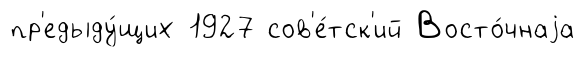
пр'едыду́щих 1927 сов'е́тск'ий Восто́чнаjа